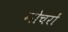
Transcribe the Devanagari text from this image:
गोचरों